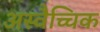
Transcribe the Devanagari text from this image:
अस्वैच्चिक